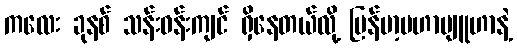
ကလေး ခုနစ် သန်းဝန်းကျင် ရှိနေတယ်လို့ မြန်မာ့မဟာဗျူဟာနဲ့